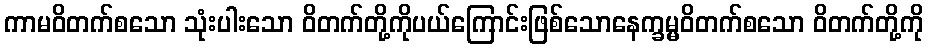
ကာမဝိတက်စသော သုံးပါးသော ဝိတက်တို့ကိုပယ်ကြောင်းဖြစ်သောနေက္ခမ္မဝိတက်စသော ဝိတက်တို့ကို